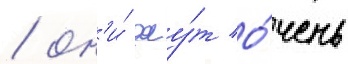
/ он'и́ дау́т о́чень